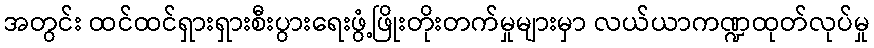
အတွင်း ထင်ထင်ရှားရှားစီးပွားရေးဖွံ့ဖြိုးတိုးတက်မှုများမှာ လယ်ယာကဏ္ဍထုတ်လုပ်မှု